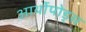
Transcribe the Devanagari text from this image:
आर्थोपोड्स